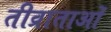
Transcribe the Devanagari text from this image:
तीव्राताओं